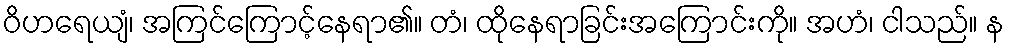
ဝိဟရေယျံ၊ အကြင်ကြောင့်နေရာ၏။ တံ၊ ထိုနေရာခြင်းအကြောင်းကို။ အဟံ၊ ငါသည်။ န